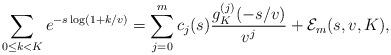
LaTeX: \begin{align*}\sum_{0\le k<K} e^{-s\log(1+k/v)} = \sum_{j=0}^m c_j(s) \frac{g_K^{(j)}(-s/v)}{v^j} + \mathcal{E}_m(s,v,K),\end{align*}